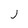
Character: j